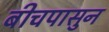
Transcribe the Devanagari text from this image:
बीचपासुन